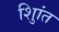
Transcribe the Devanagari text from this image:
शुिांत